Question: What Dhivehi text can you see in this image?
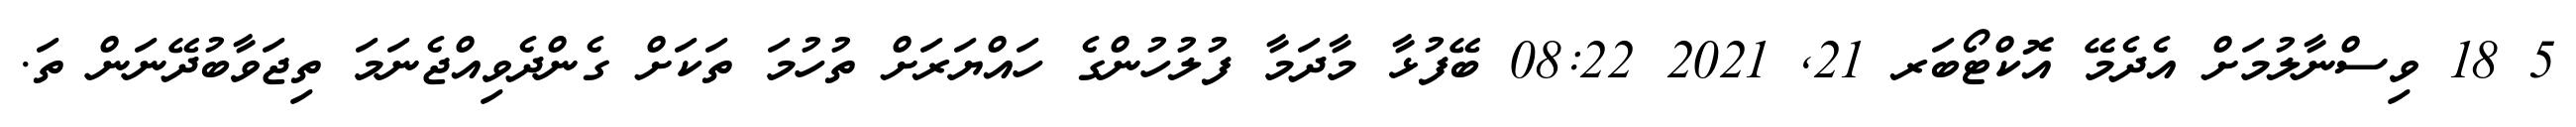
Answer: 5 18 ވިސްނާލުމަށް އެދެމޭ އޮކްޓޯބަރ 21, 2021 08:22 ބޭފުޅާ މާދަމާ ފުލުހުންގެ ހައްޔަރަށް ތުހުމަ ތަކަށް ގެންދެވިއްޖެނަމަ ތިޖަވާބުދޭނަން ތަ.